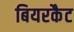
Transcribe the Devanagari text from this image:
बियरकैट